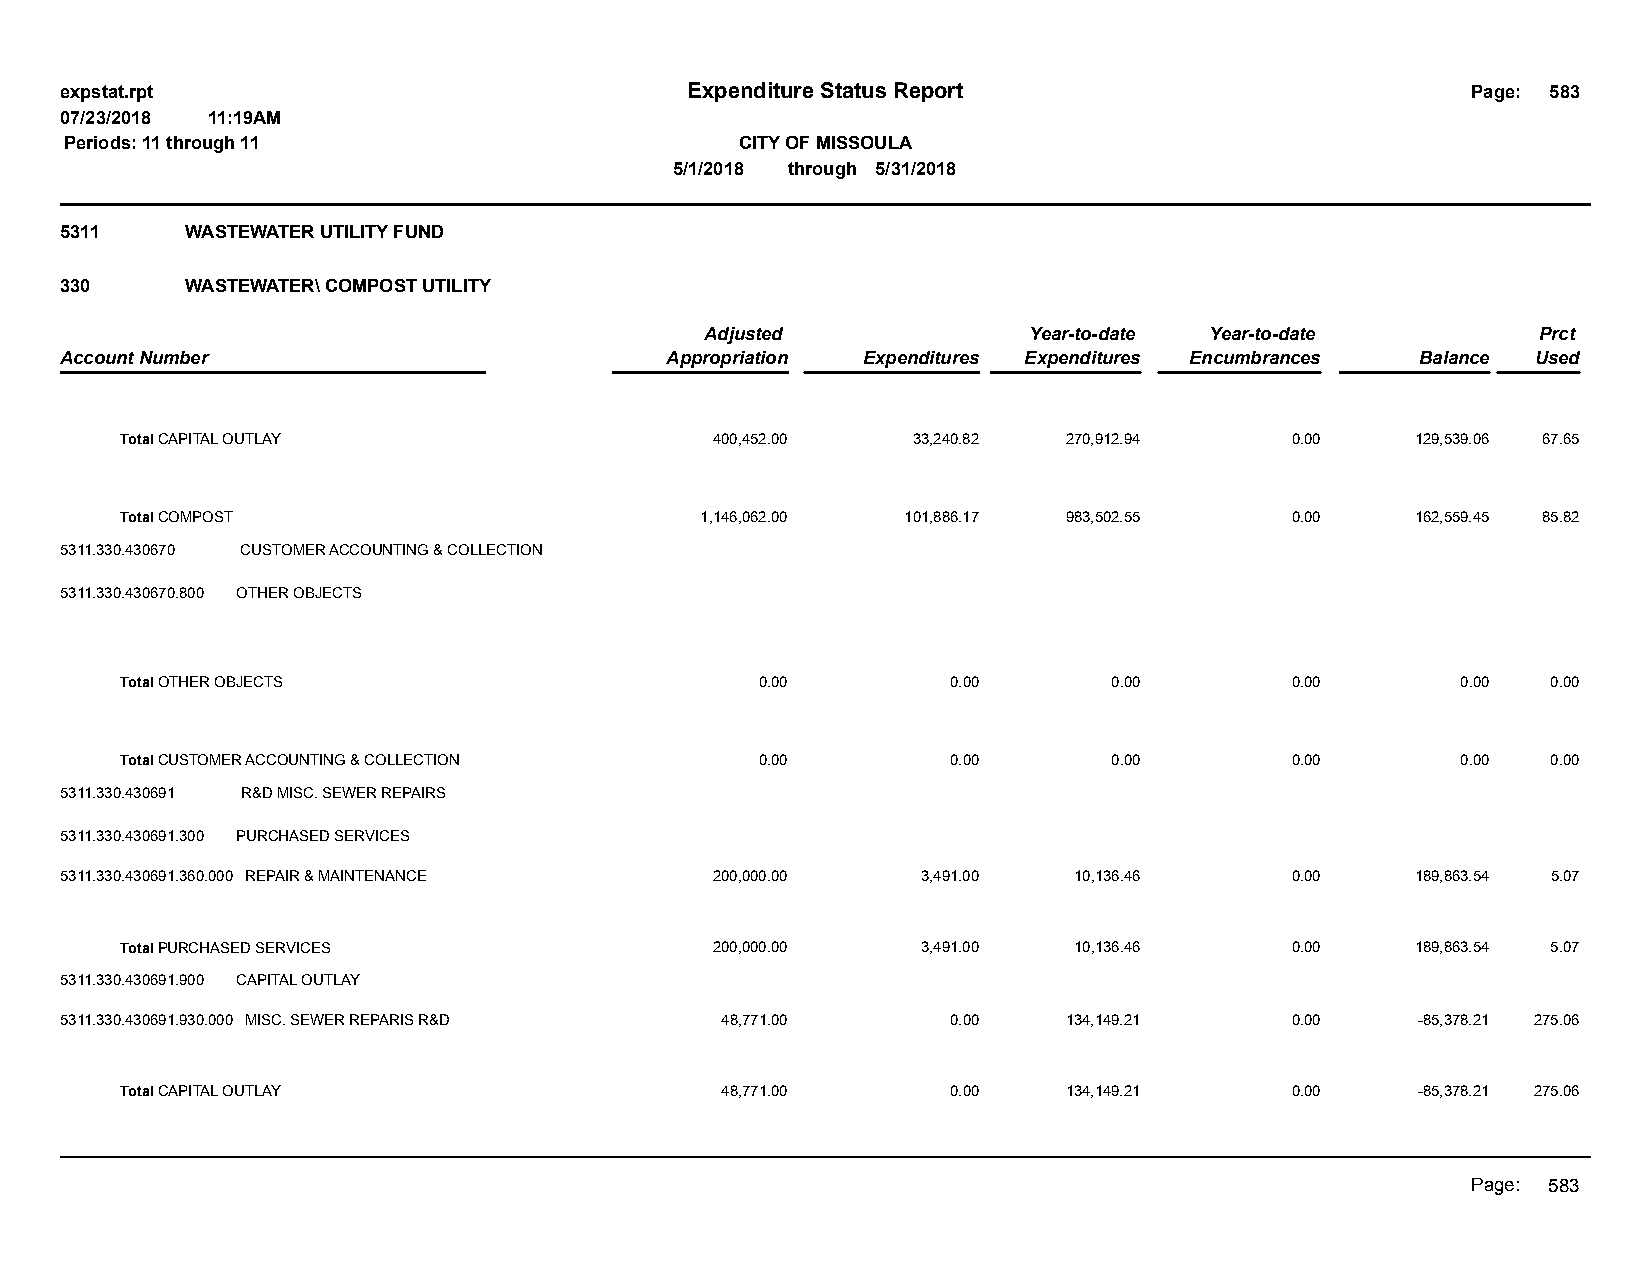
expstat.rpt                              Expenditure Status Report                           Page: 583
 07/23/2018 11:19AM
 Periods: 11 through 11                       CITY OF MISSOULA
 5/1/2018 through 5/31/2018
 5311    WASTEWATER UTILITY FUND
 330     WASTEWATER\ COMPOST UTILITY
 Adjusted             Year-to-date Year-to-date         Prct
 Account Number                          Appropriation Expenditures Expenditures Encumbrances Balance Used
 Total CAPITAL OUTLAY                   400,452.00   33,240.82  270,912.94    0.00     129,539.06 67.65
 Total COMPOST                         1,146,062.00  101,886.17 983,502.55    0.00     162,559.45 85.82
 5311.330.430670 CUSTOMER ACCOUNTING & COLLECTION
 5311.330.430670.800 OTHER OBJECTS
 Total OTHER OBJECTS                       0.00         0.00       0.00       0.00        0.00  0.00
 Total CUSTOMER ACCOUNTING & COLLECTION    0.00         0.00       0.00       0.00        0.00  0.00
 5311.330.430691 R&D MISC. SEWER REPAIRS
 5311.330.430691.300 PURCHASED SERVICES
 5311.330.430691.360.000 REPAIR & MAINTENANCE 200,000.00  3,491.00  10,136.46     0.00     189,863.54 5.07
 Total PURCHASED SERVICES               200,000.00    3,491.00  10,136.46     0.00     189,863.54 5.07
 5311.330.430691.900 CAPITAL OUTLAY
 5311.330.430691.930.000 MISC. SEWER REPARIS R&D 48,771.00  0.00    134,149.21    0.00     -85,378.21 275.06
 Total CAPITAL OUTLAY                    48,771.00      0.00    134,149.21    0.00     -85,378.21 275.06
 Page: 583